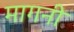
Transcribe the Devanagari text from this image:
मागनी